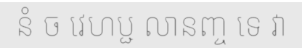
នំ ច វេហប្ជ លានញ្ច ទេ វា